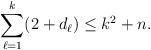
LaTeX: \begin{align*}\sum_{\ell=1}^k (2+d_\ell) \leq k^2+n.\end{align*}